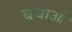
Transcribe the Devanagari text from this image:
बधाओ